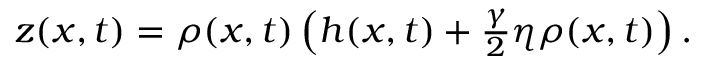
\begin{array} { r } { z ( x , t ) = \rho ( x , t ) \left( h ( x , t ) + \frac { \gamma } { 2 } \eta \rho ( x , t ) \right) . } \end{array}